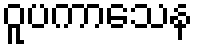
ဝူပကာသေန